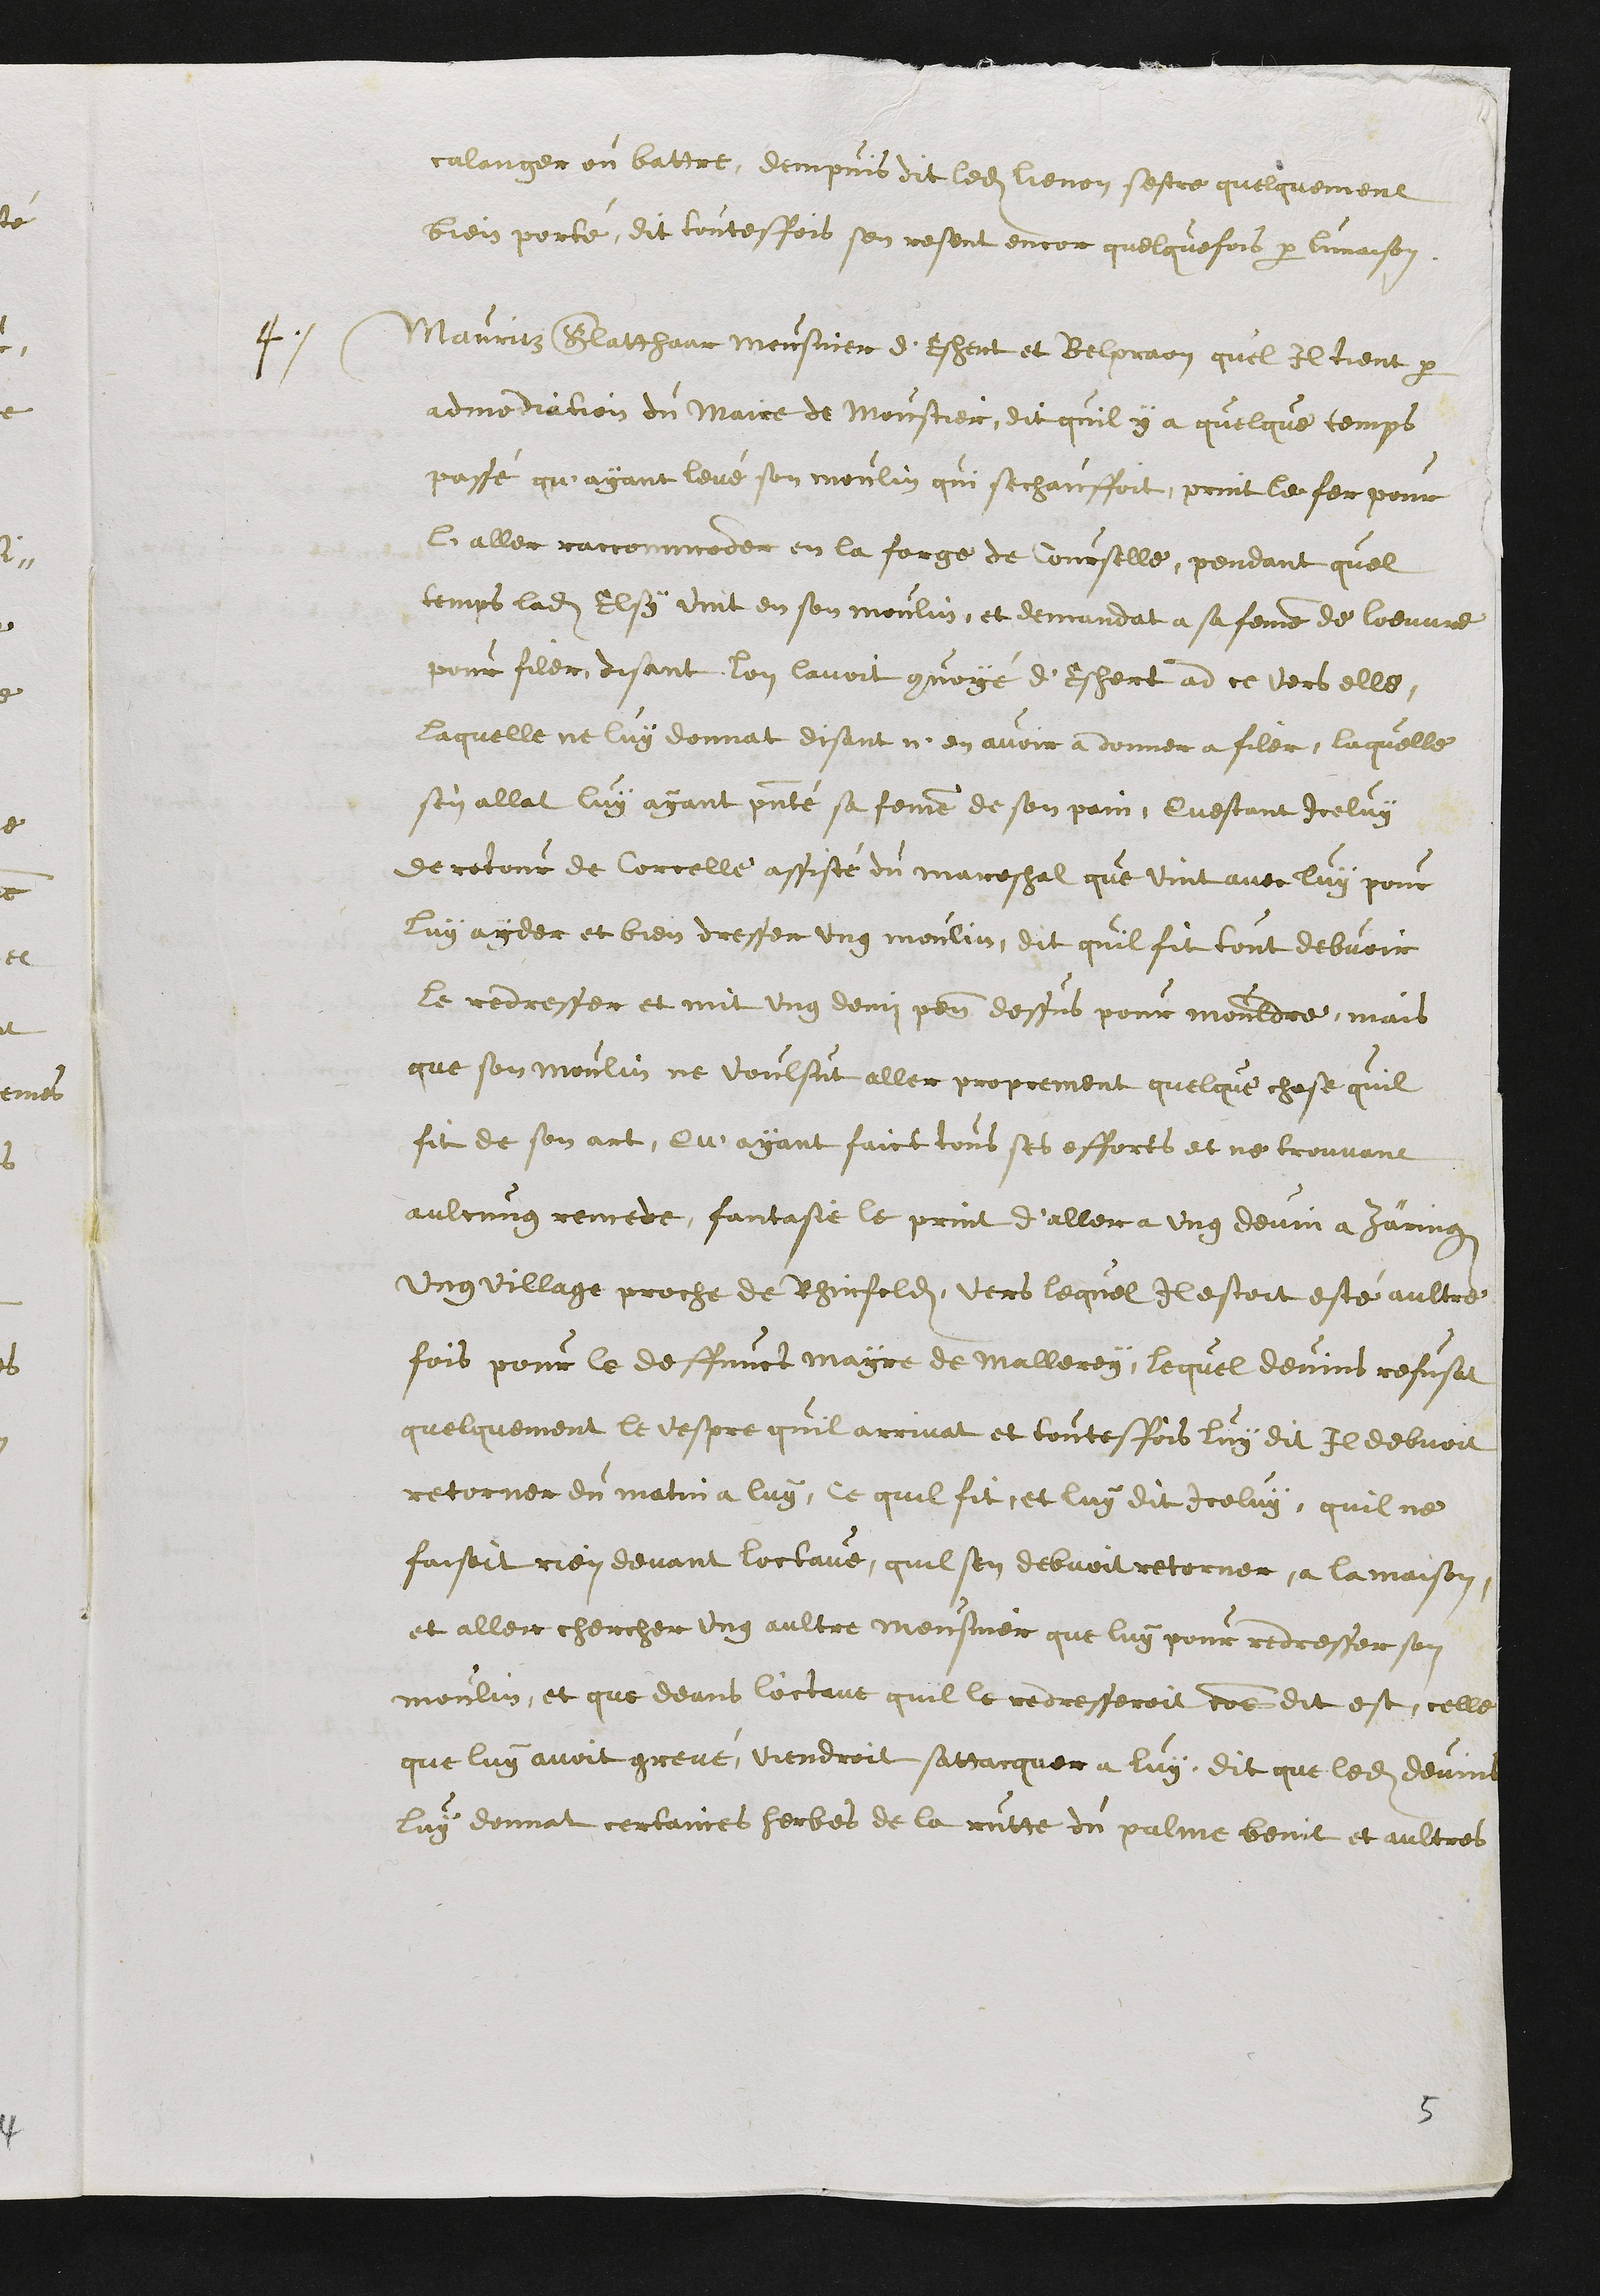
calanger ou battre, dempuis dit ledit Lienon sestre quelquement
bien porté, dit toutesfois sen resent encor quelquefois par lunaison
4
Mauritz Glatthaur meusnier d'Eschert et Belpraon quel Il tient par
admodiation du Maire de Moustier, dit quil y a quelque temps
passé qu'ayant levé son moulin qui sechauffoit, print le fer pour
l'aller raccommoder en la forge de Courselle, pendant quel
temps ladite Elsy vint en son moulin, et demandat a sa femme de loeuvre
pour filer, disant lon lavoit convoyé d'Eschert ad ce vers elle,
Laquelle ne luy donnat disant n'en avoir a donner a filer, laquelle
s'en allat luy ayant presenté sa femme de son pain. Questant Iceluy
de retour de Corcelle assisté du marechal que vint avec luy pour
luy ayder et bien dresser ung moulin, dit quil fit tout debvoir
le redresser et mit ung demi pen dessus pour mouldre, mais
que son moulin ne voulsut aller proprement quelque chose quil
fit de son art, Qu'ayant faict tous ses efforts et ne trouvant
aulcung remede, fantasie le print d'aller a ung devin a Zäringen
ung village proche de Rhinfelden, vers lequel Il estoit esté aultre
fois pour le deffunct mayre de Mallerey, lequel devins refusat
quelquement le vespre quil arrivat et toutesfois luy dit Il debvoit
retorner du matin a luy, ce quil fit, et luy dit Iceluy, quil ne
faisoit rien devant loctave, quil sen debvoit retorner a la maison
et aller chercher ung aultre meusnier que luy pour redresser son
moulin, et que deans l'octave quil le redresseroit comme dit est, celle
que luy avoit grevé, viendroit sattacquer a luy, dit que ledit devins
luy donnat certaines herbes de la rutte du palme benit et aultres

5